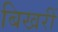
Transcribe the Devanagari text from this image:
बिखरीं